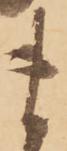
ま